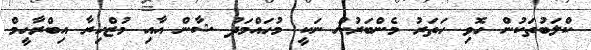
ކްލަބުތަކުން ހޮވި ހަތަރު މެންބަރުން ނަކީ މުހައްމަދު ޝާން އާއިި މުޒްހިރާ އިބްރާހީމް